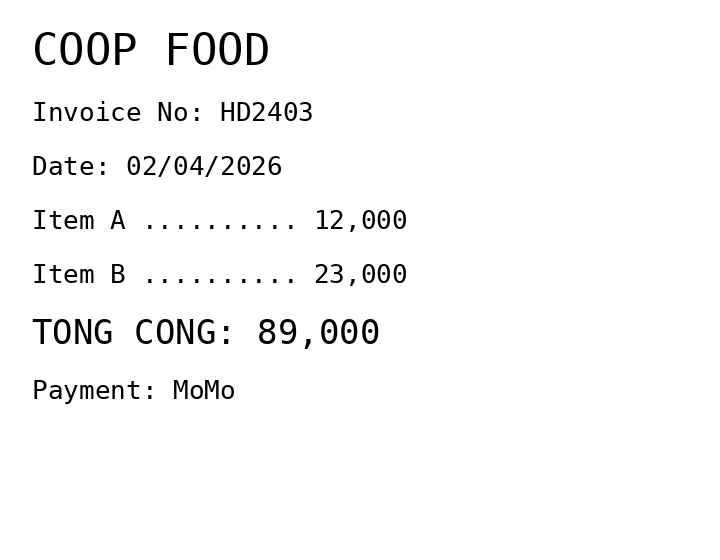
COOP FOOD
Invoice No: HD2403
Date: 02/04/2026
Item A .......... 12,000
Item B .......... 23,000
TONG CONG: 89,000
Payment: MoMo
Merchant: coop food
Date: 2026-04-02
Total: 89000
Invoice No: HD2403
Payment method: MOMO